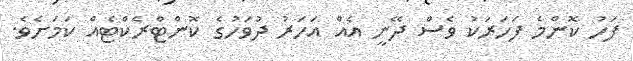
ފަހު ކޮންމެ ފަހަރަކު ވެސް ދޭނީ އެއް އަހަރު ދުވަހުގެ ކޮންޓްރެކްޓެއް ކަމަށެވެ.